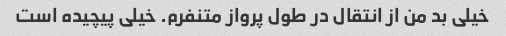
خیلی بد من از انتقال در طول پرواز متنفرم. خیلی پیچیده است